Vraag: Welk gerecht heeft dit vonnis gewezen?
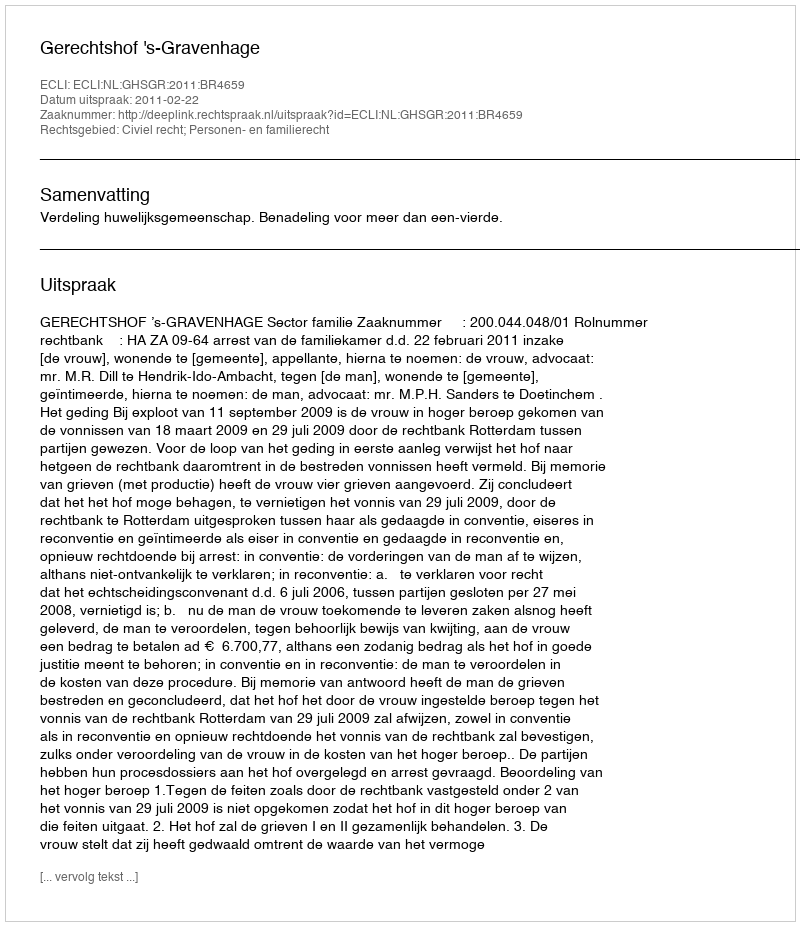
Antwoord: Gerechtshof 's-Gravenhage